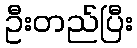
ဦးတည်ပြီး